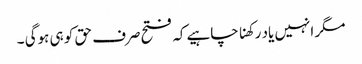
مگر انہیں یاد رکھناچاہیےکہ فتح صرف حق کو ہی ہوگی ۔